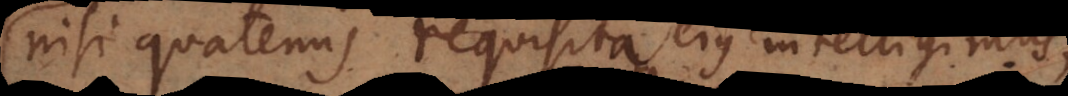
nisi quatenus requisita ejus intelligimus.